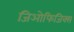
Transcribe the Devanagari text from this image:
जिओफिजिक्स